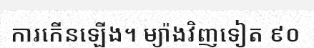
ការកើនឡើង។ ម្យ៉ាងវិញទៀត ៩០